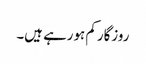
روزگار کم ہورہے ہیں۔